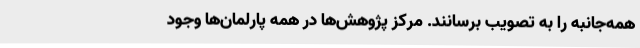
همه‌جانبه را به تصویب برسانند. مرکز پژوهش‌ها در همه پارلمان‌ها وجود